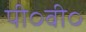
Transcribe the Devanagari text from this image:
पी०वी०